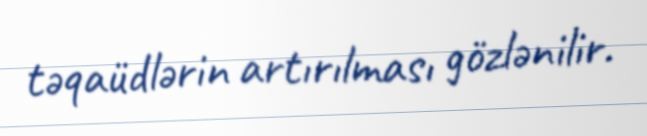
təqaüdlərin artırılması gözlənilir.